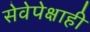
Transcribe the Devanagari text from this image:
सेवेपेक्षाही